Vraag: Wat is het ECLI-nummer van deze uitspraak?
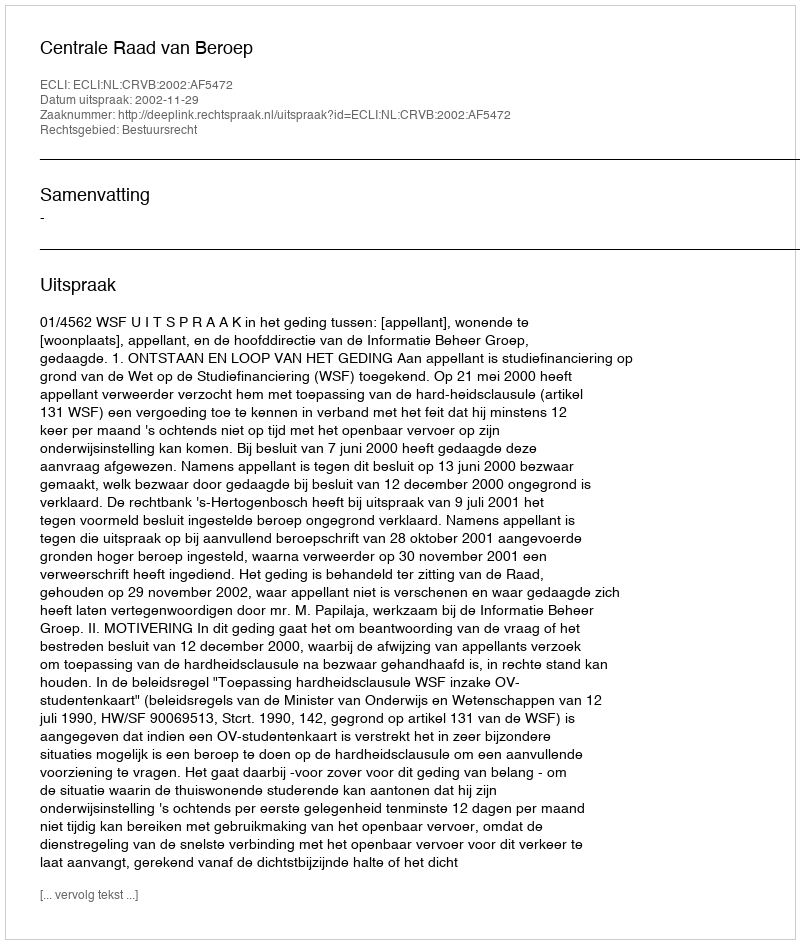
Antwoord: ECLI:NL:CRVB:2002:AF5472